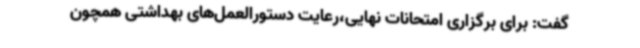
گفت: برای برگزاری امتحانات نهایی،رعایت دستورالعمل‌های بهداشتی همچون